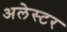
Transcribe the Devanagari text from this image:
अलेस्टर